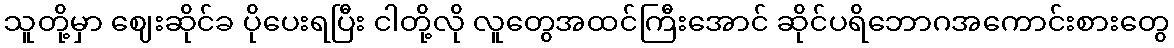
သူတို့မှာ ဈေးဆိုင်ခ ပိုပေးရပြီး ငါတို့လို လူတွေအထင်ကြီးအောင် ဆိုင်ပရိဘောဂအကောင်းစားတွေ